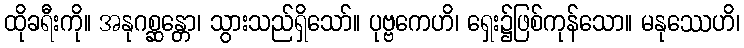
ထိုခရီးကို။ အနုဂစ္ဆန္တော၊ သွားသည်ရှိသော်။ ပုဗ္ဗကေဟိ၊ ရှေး၌ဖြစ်ကုန်သော။ မနုဿေဟိ၊